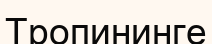
Тропининге